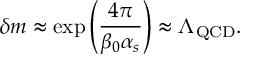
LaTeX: \delta m \approx \exp \left( \frac { 4 \pi } { \beta _ { 0 } \alpha _ { s } } \right) \approx \Lambda _ { \mathrm { Q C D } } .